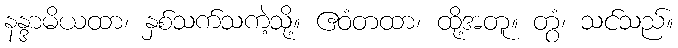
နန္ဒာမိယထာ၊ နှစ်သက်သကဲ့သို့။ ဧဝံတထာ၊ ထို့အတူ။ တွံ၊ သင်သည်။